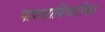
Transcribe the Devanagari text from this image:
पावसाभिसारिका